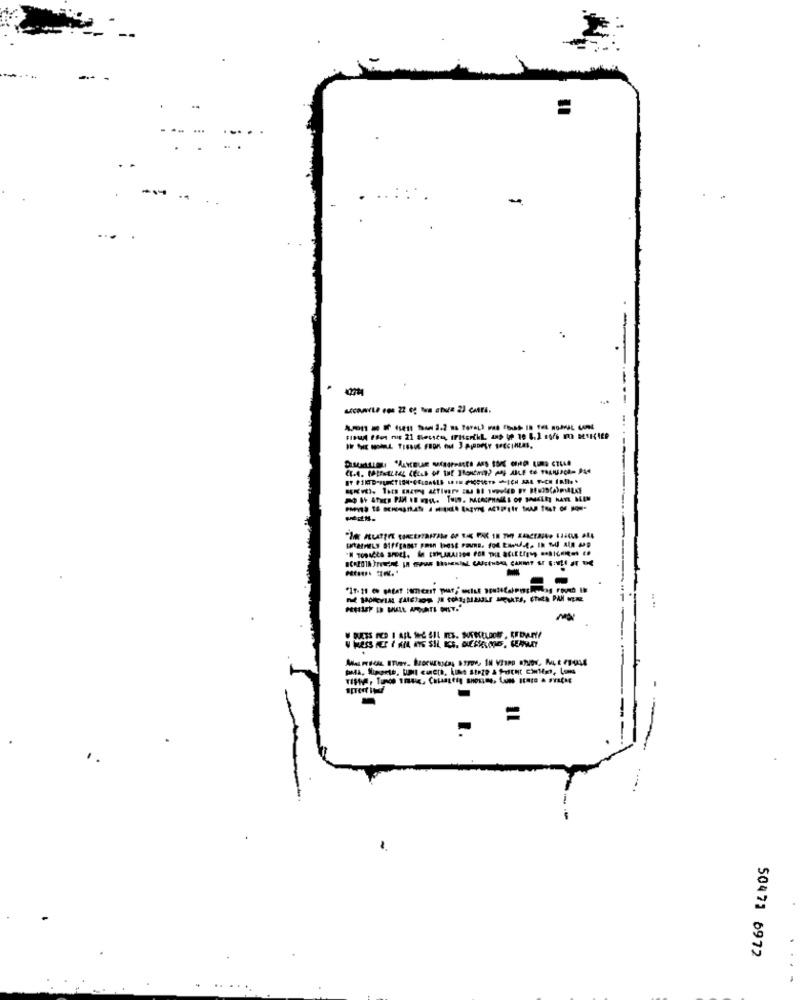
-
....
..
=
50471 6972